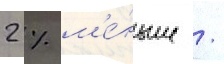
2 % м'е́ньше /